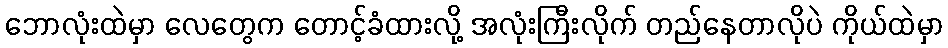
ဘောလုံးထဲမှာ လေတွေက တောင့်ခံထားလို့ အလုံးကြီးလိုက် တည်နေတာလိုပဲ ကိုယ်ထဲမှာ